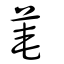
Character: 菴